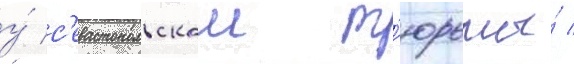
у́ с'евастопольскои т'юрьмы́ /